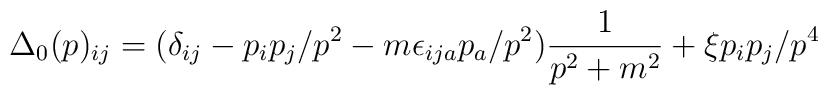
\Delta_0(p)_{ij} = (\delta_{ij} - p_ip_j/p^2 -m \epsilon_{ija}p_a/p^2) \frac{1}{p^2 + m^2} + \xi p_ip_j/p^4